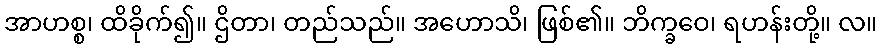
အာဟစ္စ၊ ထိခိုက်၍။ ဌိတာ၊ တည်သည်။ အဟောသိ၊ ဖြစ်၏။ ဘိက္ခဝေ၊ ရဟန်းတို့။ လ။